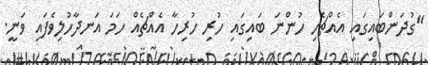
"ގުދަންބައިގައި އެއްޗެހި ހުންނަ ބައިގައި ހުރި ހުރިހާ އެއްޗެއް ހަމަ އަނދާހުލިވެފައި ވަނީ.